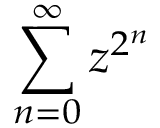
\sum _ { n = 0 } ^ { \infty } z ^ { 2 ^ { n } }